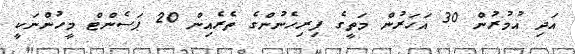
އަދި އުމުރުން 30 އަހަރުން މަތީގެ ފިރިހެނުންގެ ތެރެއިން 20 ޕަސެންޓް މީހުންނަކީ